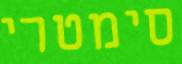
סימטרי